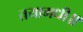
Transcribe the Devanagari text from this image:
तयामधी॥